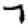
Digit: 7